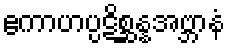
ဧကာဟပ္ပဋိစ္ဆန္နအဗ္ဘာနံ